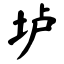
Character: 垆